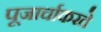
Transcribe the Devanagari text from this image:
पूजार्चाकरते